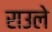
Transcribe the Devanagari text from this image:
राउले